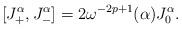
LaTeX: \begin{align*}[J_+^\alpha , J_-^\alpha] = 2\omega^{-2p+1}(\alpha)J_0^\alpha. \end{align*}